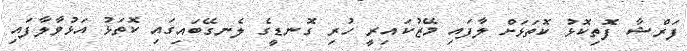
ފަރްޝާ ފޮތިކޮޅު ކޮތަޅަށް ލާފައި މޭޒުކައިރީ ހުރި ގޮނޑީގެ ލެނގޭބައިގައި ކޮތަޅު އަޅުވާލާފައި